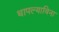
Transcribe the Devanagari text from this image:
थापल्याविना